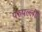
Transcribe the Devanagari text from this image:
परुपल्ली